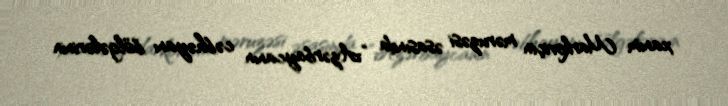
xanım Markoviçin məruzəsi əsasında “Azərbaycanın cəbhəyanı bölgələrinin